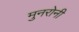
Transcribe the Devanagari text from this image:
मुनरोनी